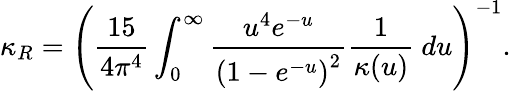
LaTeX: \kappa_{R}=\left(\frac{15}{4\pi^{4}}\int_{0}^{\infty}\frac{u^{4}e^{-u}}{\left(1-e^{-u}\right)^{2}}\frac{1}{\kappa(u)}~du\right)^{-1}.